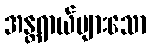
အန္တရာယ်များသော